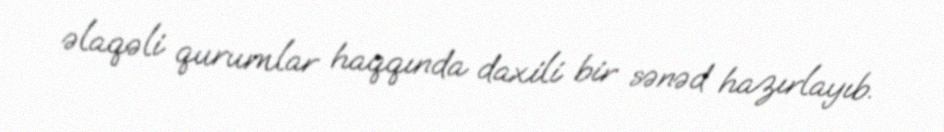
əlaqəli qurumlar haqqında daxili bir sənəd hazırlayıb.